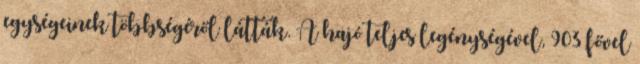
egységeinek többségéről látták. A hajó teljes legénységével, 903 fővel